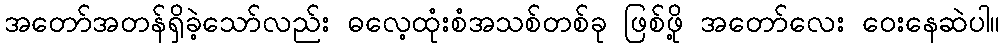
အတော်အတန်ရှိခဲ့သော်လည်း ဓလေ့ထုံးစံအသစ်တစ်ခု ဖြစ်ဖို့ အတော်လေး ဝေးနေဆဲပါ။